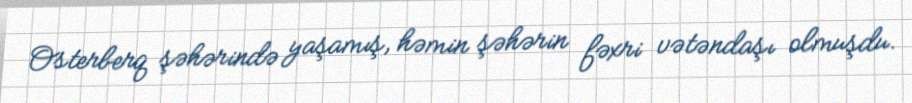
Osterberq şəhərində yaşamış, həmin şəhərin fəxri vətəndaşı olmuşdu.